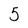
Character: 5